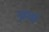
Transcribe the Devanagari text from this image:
मुहल्‍ले